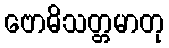
ဗောဓိသတ္တမာတု